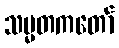
သမ္မတကတော်